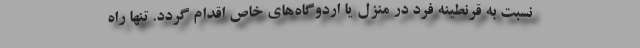
نسبت به قرنطینه فرد در منزل یا اردوگاه‌های خاص اقدام گردد. تنها راه